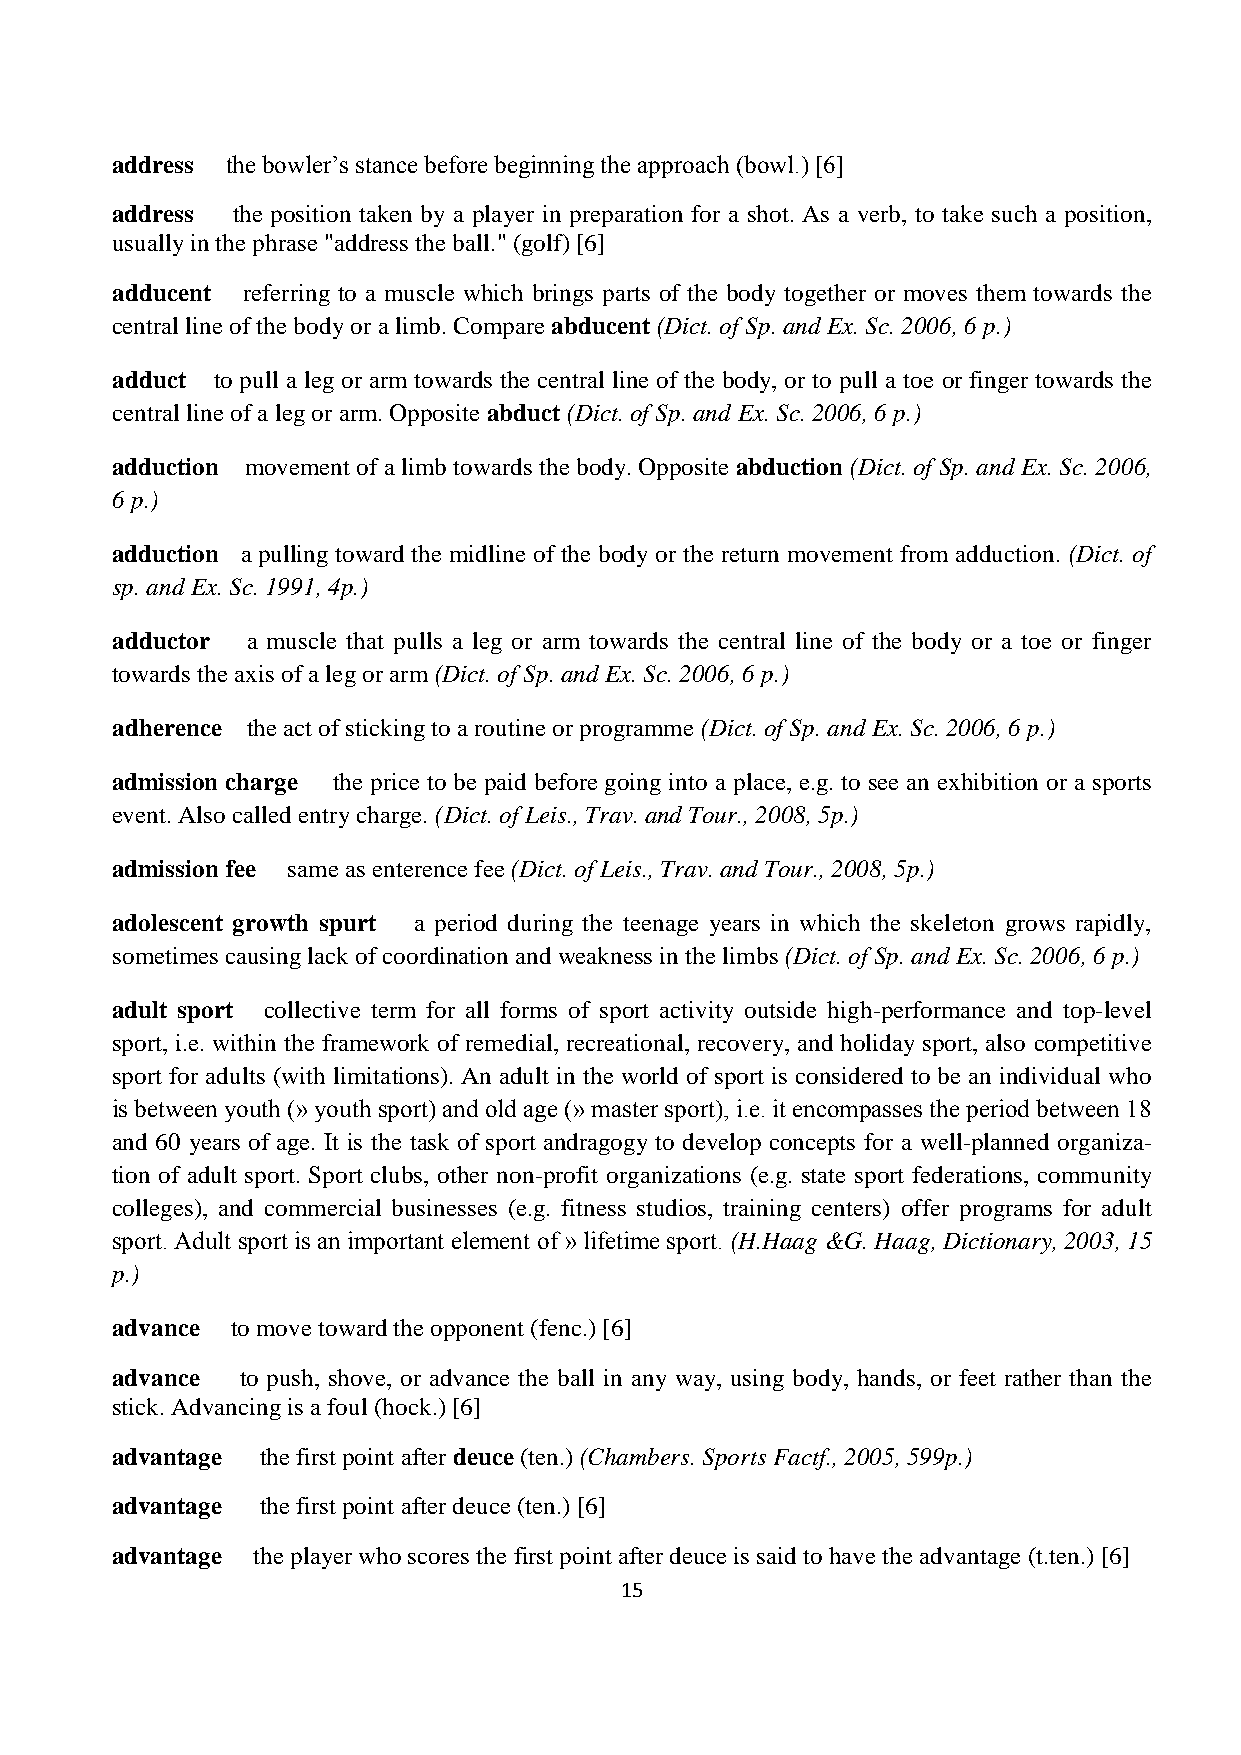
address the bowler’s stance before beginning the approach (bowl.) [6]
 address the position taken by a player in preparation for a shot. As a verb, to take such a position,
 usually in the phrase "address the ball." (golf) [6]
 adducent referring to a muscle which brings parts of the body together or moves them towards the
 central line of the body or a limb. Compare abducent (Dict. of Sp. and Ex. Sc. 2006, 6 p.)
 adduct to pull a leg or arm towards the central line of the body, or to pull a toe or finger towards the
 central line of a leg or arm. Opposite abduct (Dict. of Sp. and Ex. Sc. 2006, 6 p.)
 adduction movement of a limb towards the body. Opposite abduction (Dict. of Sp. and Ex. Sc. 2006,
 6 p.)
 adduction a pulling toward the midline of the body or the return movement from adduction. (Dict. of
 sp. and Ex. Sc. 1991, 4p.)
 adductor a muscle that pulls a leg or arm towards the central line of the body or a toe or finger
 towards the axis of a leg or arm (Dict. of Sp. and Ex. Sc. 2006, 6 p.)
 adherence the act of sticking to a routine or programme (Dict. of Sp. and Ex. Sc. 2006, 6 p.)
 admission charge the price to be paid before going into a place, e.g. to see an exhibition or a sports
 event. Also called entry charge. (Dict. of Leis., Trav. and Tour., 2008, 5p.)
 admission fee same as enterence fee (Dict. of Leis., Trav. and Tour., 2008, 5p.)
 adolescent growth spurt a period during the teenage years in which the skeleton grows rapidly,
 sometimes causing lack of coordination and weakness in the limbs (Dict. of Sp. and Ex. Sc. 2006, 6 p.)
 adult sport collective term for all forms of sport activity outside high-performance and top-level
 sport, i.e. within the framework of remedial, recreational, recovery, and holiday sport, also competitive
 sport for adults (with limitations). An adult in the world of sport is considered to be an individual who
 is between youth (» youth sport) and old age (» master sport), i.e. it encompasses the period between 18
 and 60 years of age. It is the task of sport andragogy to develop concepts for a well-planned organiza-
 tion of adult sport. Sport clubs, other non-profit organizations (e.g. state sport federations, community
 colleges), and commercial businesses (e.g. fitness studios, training centers) offer programs for adult
 sport. Adult sport is an important element of » lifetime sport. (H.Haag &G. Haag, Dictionary, 2003, 15
 p.)
 advance to move toward the opponent (fenc.) [6]
 advance  to push, shove, or advance the ball in any way, using body, hands, or feet rather than the
 stick. Advancing is a foul (hock.) [6]
 advantage the first point after deuce (ten.) (Chambers. Sports Factf., 2005, 599p.)
 advantage the first point after deuce (ten.) [6]
 advantage the player who scores the first point after deuce is said to have the advantage (t.ten.) [6]
 15